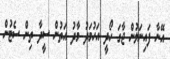
އޭނާ ފައިނަލުން ޖާގަ ހޯދީ އަހުމަދު މާދު އަތުން ސީދާ ތިން ސެޓުން